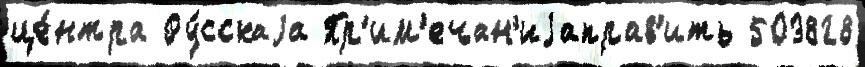
це́нтра Ру́сскаjа Пр'им'ечан'иjаправ'ить 503828